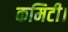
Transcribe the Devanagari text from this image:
कमिटी।